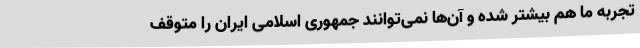
تجربه ما هم بیشتر شده و آن‌ها نمی‌توانند جمهوری اسلامی ایران را متوقف